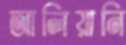
আলিয়ানি